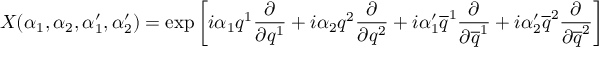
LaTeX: X ( \alpha _ { 1 } , \alpha _ { 2 } , \alpha _ { 1 } ^ { \prime } , \alpha _ { 2 } ^ { \prime } ) = \exp \left[ i \alpha _ { 1 } q ^ { 1 } { \frac { \partial } { \partial q ^ { 1 } } } + i \alpha _ { 2 } q ^ { 2 } { \frac { \partial } { \partial q ^ { 2 } } } + i \alpha _ { 1 } ^ { \prime } \overline { { { q } } } ^ { 1 } { \frac { \partial } { \partial \overline { { { q } } } ^ { 1 } } } + i \alpha _ { 2 } ^ { \prime } \overline { { { q } } } ^ { 2 } { \frac { \partial } { \partial \overline { { { q } } } ^ { 2 } } } \right]